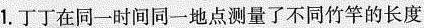
1.丁丁在同一时间同一地点测量了不同竹竿的长度